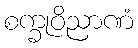
စက္ခုဝိညာဏံ